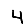
Digit: 4